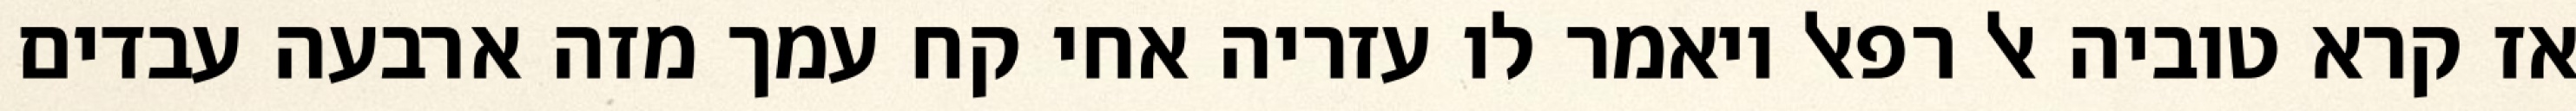
אז קרא טוביה אל רפאל ויאמר לו עזריה אחי קח עמך מזה ארבעה עבדים